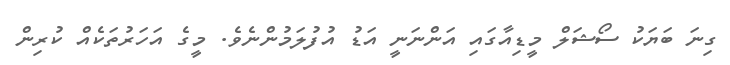
ގިނަ ބަޔަކު ސޯޝަލް މީޑިއާގައި އަންނަނީ އަޑު އުފުލަމުންނެވެ. މީގެ އަހަރުތަކެއް ކުރިން